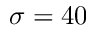
\sigma = 4 0